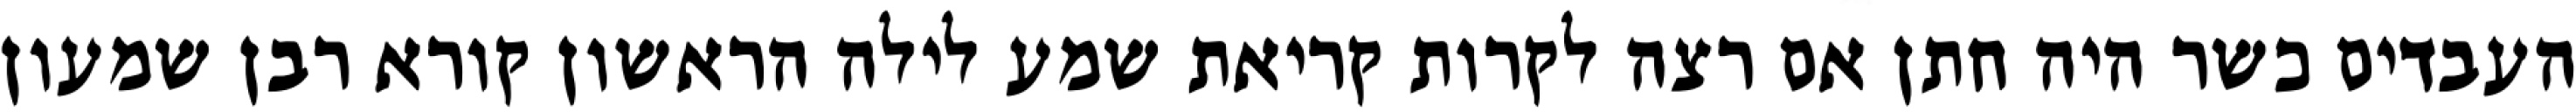
העבדים כשר היה חתן אם רצה לקרות קריאת שמע לילה הראשון קורא רבן שמעון